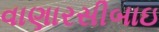
વાણારસીબાઇ